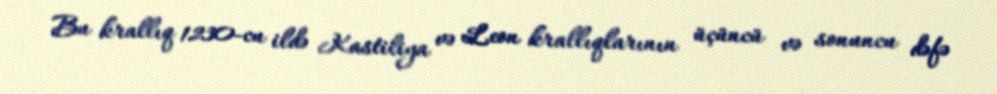
Bu krallıq 1230-cu ildə Kastiliya və Leon krallıqlarının üçüncü və sonuncu dəfə